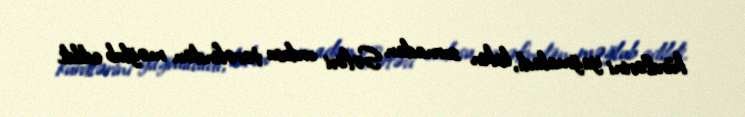
kürdlərini yağmaladı, lakin sornadan Səfəvi ordusu tərəfindən məğlub edildi.